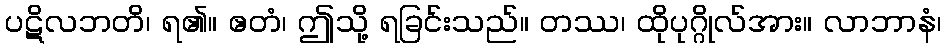
ပဋိလဘတိ၊ ရ၏။ ဧတံ၊ ဤသို့ ရခြင်းသည်။ တဿ၊ ထိုပုဂ္ဂိုလ်အား။ လာဘာနံ၊